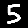
Digit: 5